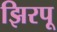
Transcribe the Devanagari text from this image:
झिरपू